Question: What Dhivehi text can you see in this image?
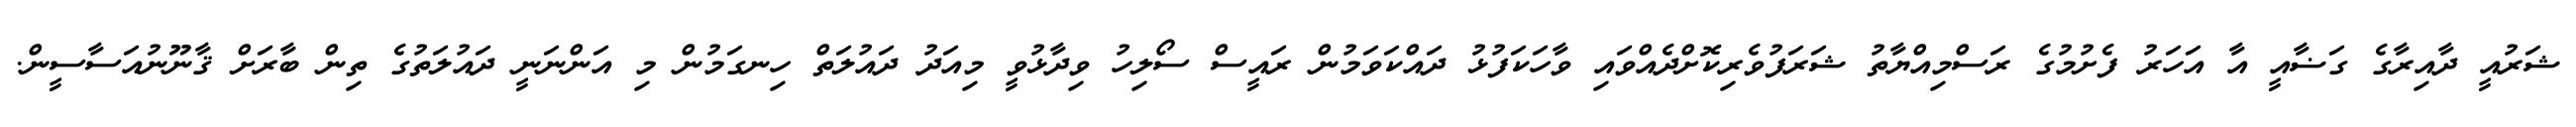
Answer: ޝަރުއީ ދާއިރާގެ ގަޟާއީ އާ އަހަރު ފެށުމުގެ ރަސްމިއްޔާތު ޝަރަފުވެރިކޮށްދެއްވައި ވާހަކަފުޅު ދައްކަވަމުން ރައީސް ސޯލިހު ވިދާޅުވީ މިއަދު ދައުލަތް ހިނގަމުން މި އަންނަނީ ދައުލަތުގެ ތިން ބާރަށް ޤާނޫނުއަސާސީން.